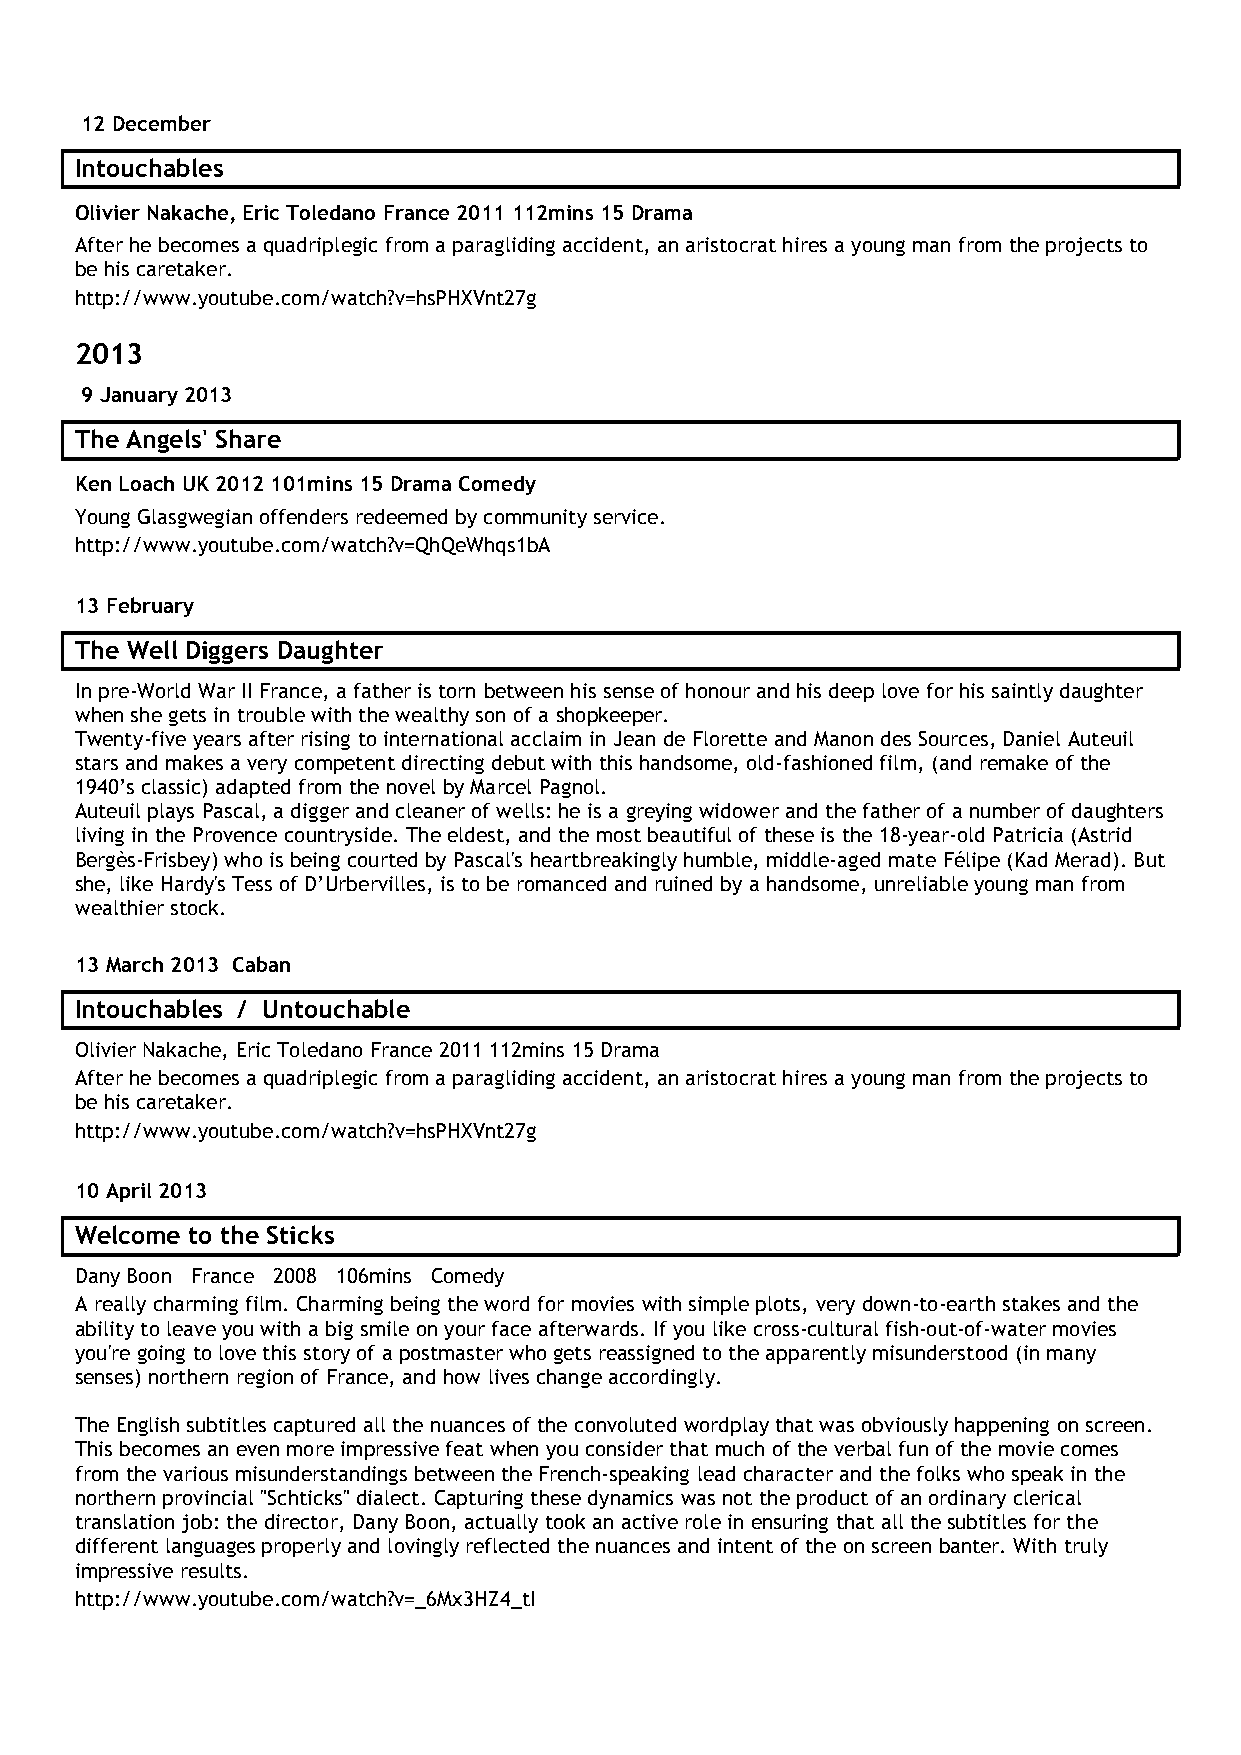
12 December
 Intouchables
 Olivier Nakache, Eric Toledano France 2011 112mins 15 Drama
 After he becomes a quadriplegic from a paragliding accident, an aristocrat hires a young man from the projects to
 be his caretaker.
 http://www.youtube.com/watch?v=hsPHXVnt27g
 2013
 9 January 2013
 The Angels' Share
 Ken Loach UK 2012 101mins 15 Drama Comedy
 Young Glasgwegian offenders redeemed by community service.
 http://www.youtube.com/watch?v=QhQeWhqs1bA
 13 February
 The Well Diggers Daughter
 In pre-World War II France, a father is torn between his sense of honour and his deep love for his saintly daughter
 when she gets in trouble with the wealthy son of a shopkeeper.
 Twenty-five years after rising to international acclaim in Jean de Florette and Manon des Sources, Daniel Auteuil
 stars and makes a very competent directing debut with this handsome, old-fashioned film, (and remake of the
 1940’s classic) adapted from the novel by Marcel Pagnol.
 Auteuil plays Pascal, a digger and cleaner of wells: he is a greying widower and the father of a number of daughters
 living in the Provence countryside. The eldest, and the most beautiful of these is the 18-year-old Patricia (Astrid
 Bergès-Frisbey) who is being courted by Pascal's heartbreakingly humble, middle-aged mate Félipe (Kad Merad). But
 she, like Hardy's Tess of D’Urbervilles, is to be romanced and ruined by a handsome, unreliable young man from
 wealthier stock.
 13 March 2013 Caban
 Intouchables / Untouchable
 Olivier Nakache, Eric Toledano France 2011 112mins 15 Drama
 After he becomes a quadriplegic from a paragliding accident, an aristocrat hires a young man from the projects to
 be his caretaker.
 http://www.youtube.com/watch?v=hsPHXVnt27g
 10 April 2013
 Welcome to the Sticks
 Dany Boon France 2008 106mins Comedy
 A really charming film. Charming being the word for movies with simple plots, very down-to-earth stakes and the
 ability to leave you with a big smile on your face afterwards. If you like cross-cultural fish-out-of-water movies
 you're going to love this story of a postmaster who gets reassigned to the apparently misunderstood (in many
 senses) northern region of France, and how lives change accordingly.
 The English subtitles captured all the nuances of the convoluted wordplay that was obviously happening on screen.
 This becomes an even more impressive feat when you consider that much of the verbal fun of the movie comes
 from the various misunderstandings between the French-speaking lead character and the folks who speak in the
 northern provincial "Schticks" dialect. Capturing these dynamics was not the product of an ordinary clerical
 translation job: the director, Dany Boon, actually took an active role in ensuring that all the subtitles for the
 different languages properly and lovingly reflected the nuances and intent of the on screen banter. With truly
 impressive results.
 http://www.youtube.com/watch?v=_6Mx3HZ4_tI